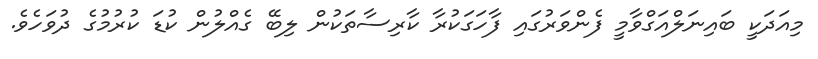
މިއަދަކީ ބައިނަލްއަގްވާމީ ފެންވަރުގައި ފާހަގަކުރާ ކާރިސާތަކުން ލިބޭ ގެއްލުން ކުޑަ ކުރުމުގެ ދުވަހެވެ.